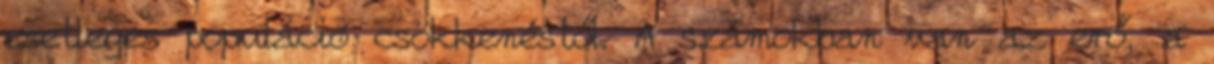
esetleges populáció csökkenéstől. A számokban van az erő, a